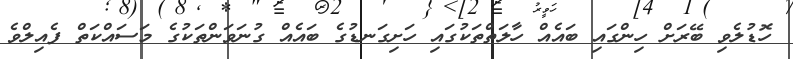
ހޮޑުލެވި ބޭރަށް ހިންގައި ބައެއް ހާލަތްތަކުގައި ހަށިގަނޑުގެ ބައެއް ގުނަވަންތަކުގެ މަސައްކަތް ފެއިލްވެ